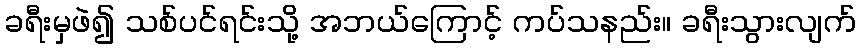
ခရီးမှဖဲ၍ သစ်ပင်ရင်းသို့ အဘယ်ကြောင့် ကပ်သနည်း။ ခရီးသွားလျက်